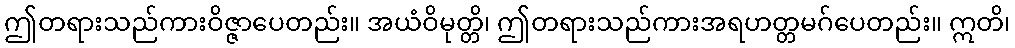
ဤတရားသည်ကားဝိဇ္ဇာပေတည်း။ အယံဝိမုတ္တိ၊ ဤတရားသည်ကားအရဟတ္တမဂ်ပေတည်း။ ဣတိ၊